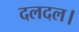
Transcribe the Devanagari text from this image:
दलदल।